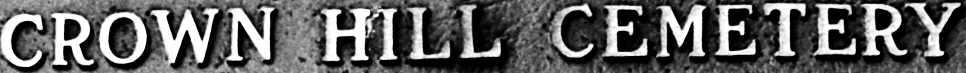
CROWN HILL CEMETERY